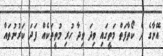
އޭނާގެ ދެ ކޯތާފަތް މަތީގައި ވިދަ ވިދާ ހުރި މުތީތަކެއް ފަދަ ކަރުނުތައް